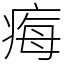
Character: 痗